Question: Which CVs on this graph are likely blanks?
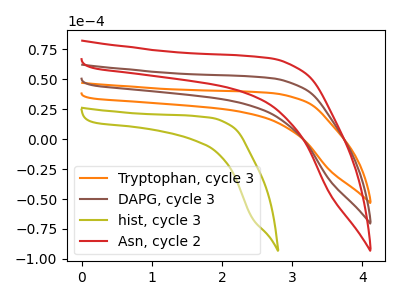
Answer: <think>The orange curve "Tryptophan, cycle 3" has no peaks. The brown curve "DAPG, cycle 3" has no peaks. The olive curve "hist, cycle 3" has no peaks. The red curve "Asn, cycle 2" has no peaks.</think>
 <answer>"Tryptophan, cycle 3", "DAPG, cycle 3", "hist, cycle 3" and "Asn, cycle 2" are likely to be blanks.</answer>
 <eval>"Tryptophan, cycle 3", "DAPG, cycle 3", "hist, cycle 3", "Asn, cycle 2"</eval>